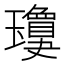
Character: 𱰂